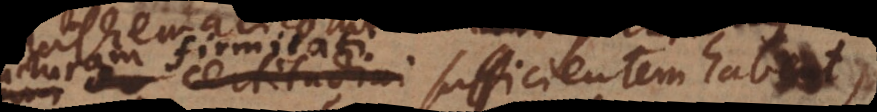
firmitati sufficientem habent,